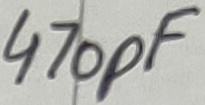
Text: 470pF